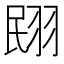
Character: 𮊼